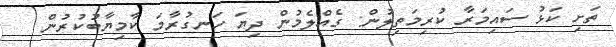
ތަށި ކަޅު ސައިމަރާ ކުރިމަތިލުން: ގެއްލެމުން ދިޔަ ހަނގުރާމަ ކާމިޔާބުކުރުން